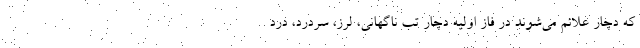
که دچار علائم می‌شوند در فاز اولیه دچار تب ناگهانی، لرز، سردرد، درد